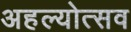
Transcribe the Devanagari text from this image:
अहल्योत्सव